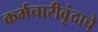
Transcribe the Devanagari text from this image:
कर्मचारीवृंदाचे